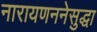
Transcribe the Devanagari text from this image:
नारायणननेसुद्धा